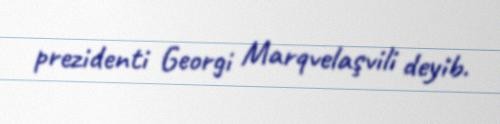
prezidenti Georgi Marqvelaşvili deyib.